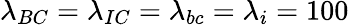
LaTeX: \lambda_{BC}=\lambda_{IC}=\lambda_{bc}=\lambda_{i}=100